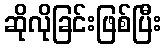
ဆိုလိုခြင်းဖြစ်ပြီး